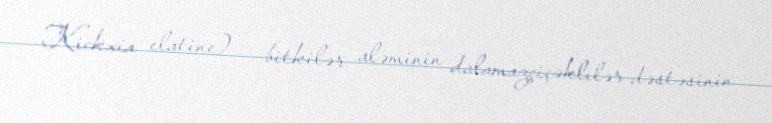
Kickxia elatine) — bitkilər aləminin dalamazçiçəklilər dəstəsinin